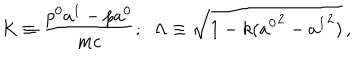
K \equiv \frac { p ^ { 0 } a ^ { 1 } - p a ^ { 0 } } { m c } ; \; \; \Lambda \equiv \sqrt { 1 - k ( { a ^ { 0 } } ^ { 2 } - { a ^ { 1 } } ^ { 2 } ) } \, ,